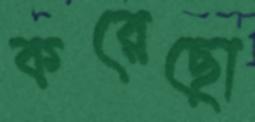
করেছো